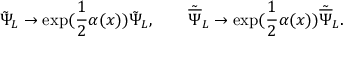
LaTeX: { \tilde { \Psi } } _ { L } \rightarrow \exp ( \frac { 1 } { 2 } \alpha ( x ) ) { \tilde { \Psi } } _ { L } , \qquad { \tilde { \overline { { \Psi } } } } _ { L } \rightarrow \exp ( \frac { 1 } { 2 } \alpha ( x ) ) { \tilde { \overline { { \Psi } } } } _ { L } .